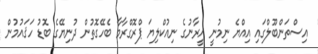
އިސްތަންބޫލްގައި އިއްޔެ ނިމުނީ އީރާނުގެ ނިއުކްލިޔަ ޕްރޮގްރާމާ ބެހޭގޮތުން ދުނިޔޭގެ ބޮޑު ހަޤައުމުން